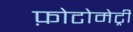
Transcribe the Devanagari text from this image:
फ़ोटोमेट्री